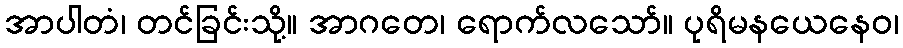
အာပါတံ၊ တင်ခြင်းသို့။ အာဂတေ၊ ရောက်လသော်။ ပုရိမနယေနေဝ၊